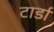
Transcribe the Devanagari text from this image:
टार्डा